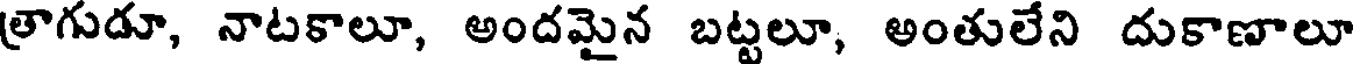
త్రాగుడూ, నాటకాలూ, అందమైన బట్టలూ, అంతులేని దుకాణాలూ